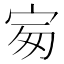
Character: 𡧴